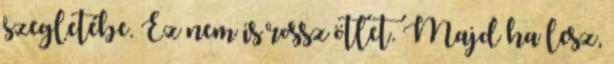
szegletébe. Ez nem is rossz ötlet. Majd ha lesz,